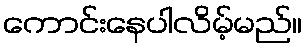
ကောင်းနေပါလိမ့်မည်။